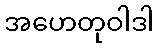
အဟေတုဝါဒါ